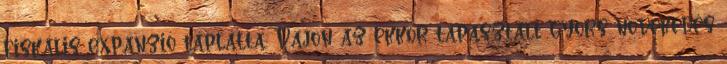
fiskális expanzió táplálta. Vajon az ekkor tapasztalt gyors növekedés